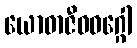
ယောဓာဇီဝဝဂ္ဂေါ